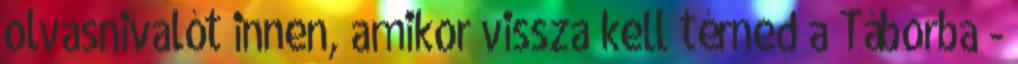
olvasnivalót innen, amikor vissza kell térned a Táborba -